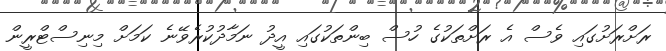
ރަށްރަށުގައި ވެސް އެ ރަށްތަކުގެ ހުސް ބިންތަކުގައި އީދު ނަމާދުކުރެވޭނެ ކަމަށް މިނިސްޓްރީން